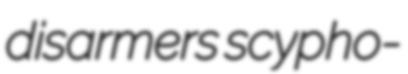
disarmers scypho-